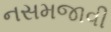
નસમજાવી